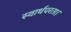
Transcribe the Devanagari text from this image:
स्वार्थपरता।